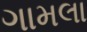
ગામલા